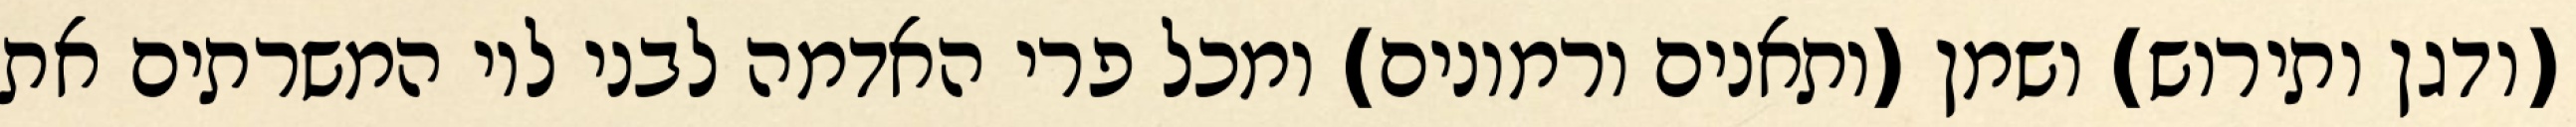
(ודגן ותירוש) ושמן (ותאנים ורמונים) ומכל פרי האדמה לבני לוי המשרתים את